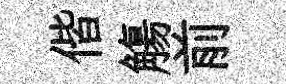
偕觴前